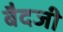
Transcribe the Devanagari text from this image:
बैदजी